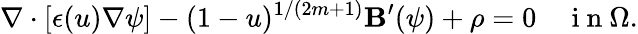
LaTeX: \nabla\cdot[\epsilon(u)\nabla\psi]-(1-u)^{1/(2m+1)}\mathbf{B}^{\prime}(\psi)+\rho=0\quad\mathrm{{~i~n~}}\Omega.